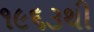
૧૯૬૩થી